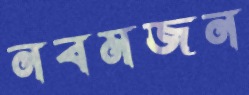
নবমজন